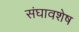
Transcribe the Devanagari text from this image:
संघावशेष